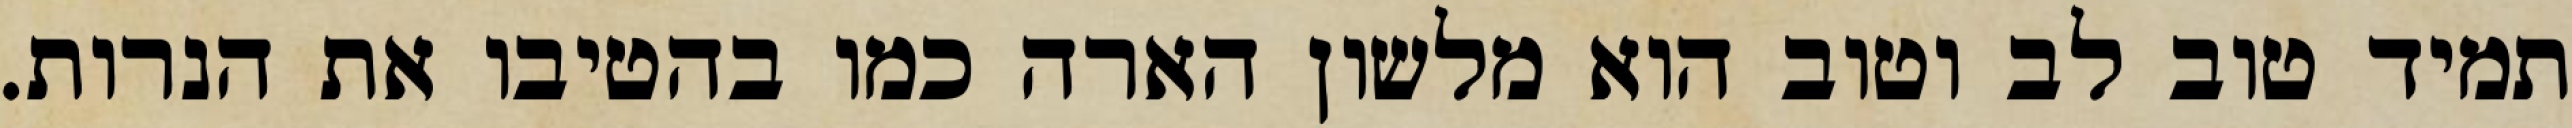
תמיד טוב לב וטוב הוא מלשון הארה כמו בהטיבו את הנרות.